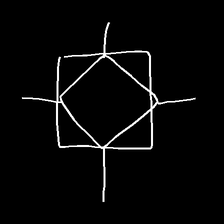
Glyph: light